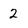
Character: 2